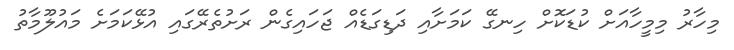
މިހާރު މިމީހާއަށް ކުޑަކޮށް ހިނގޭ ކަމަށާއި ދަޑިގަޑެއް ޖަހައިގެން ރަށުތެރޭގައި އުޅޭކަމަށެ މައުލޫމާތު